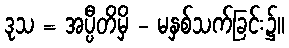
ဒုသ = အပ္ပီတိမှိ - မနှစ်သက်ခြင်း၌။